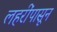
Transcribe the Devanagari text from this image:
लहरींपासून